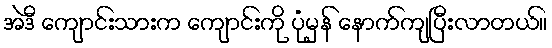
အဲဒီ ကျောင်းသားက ကျောင်းကို ပုံမှန် နောက်ကျပြီးလာတယ်။